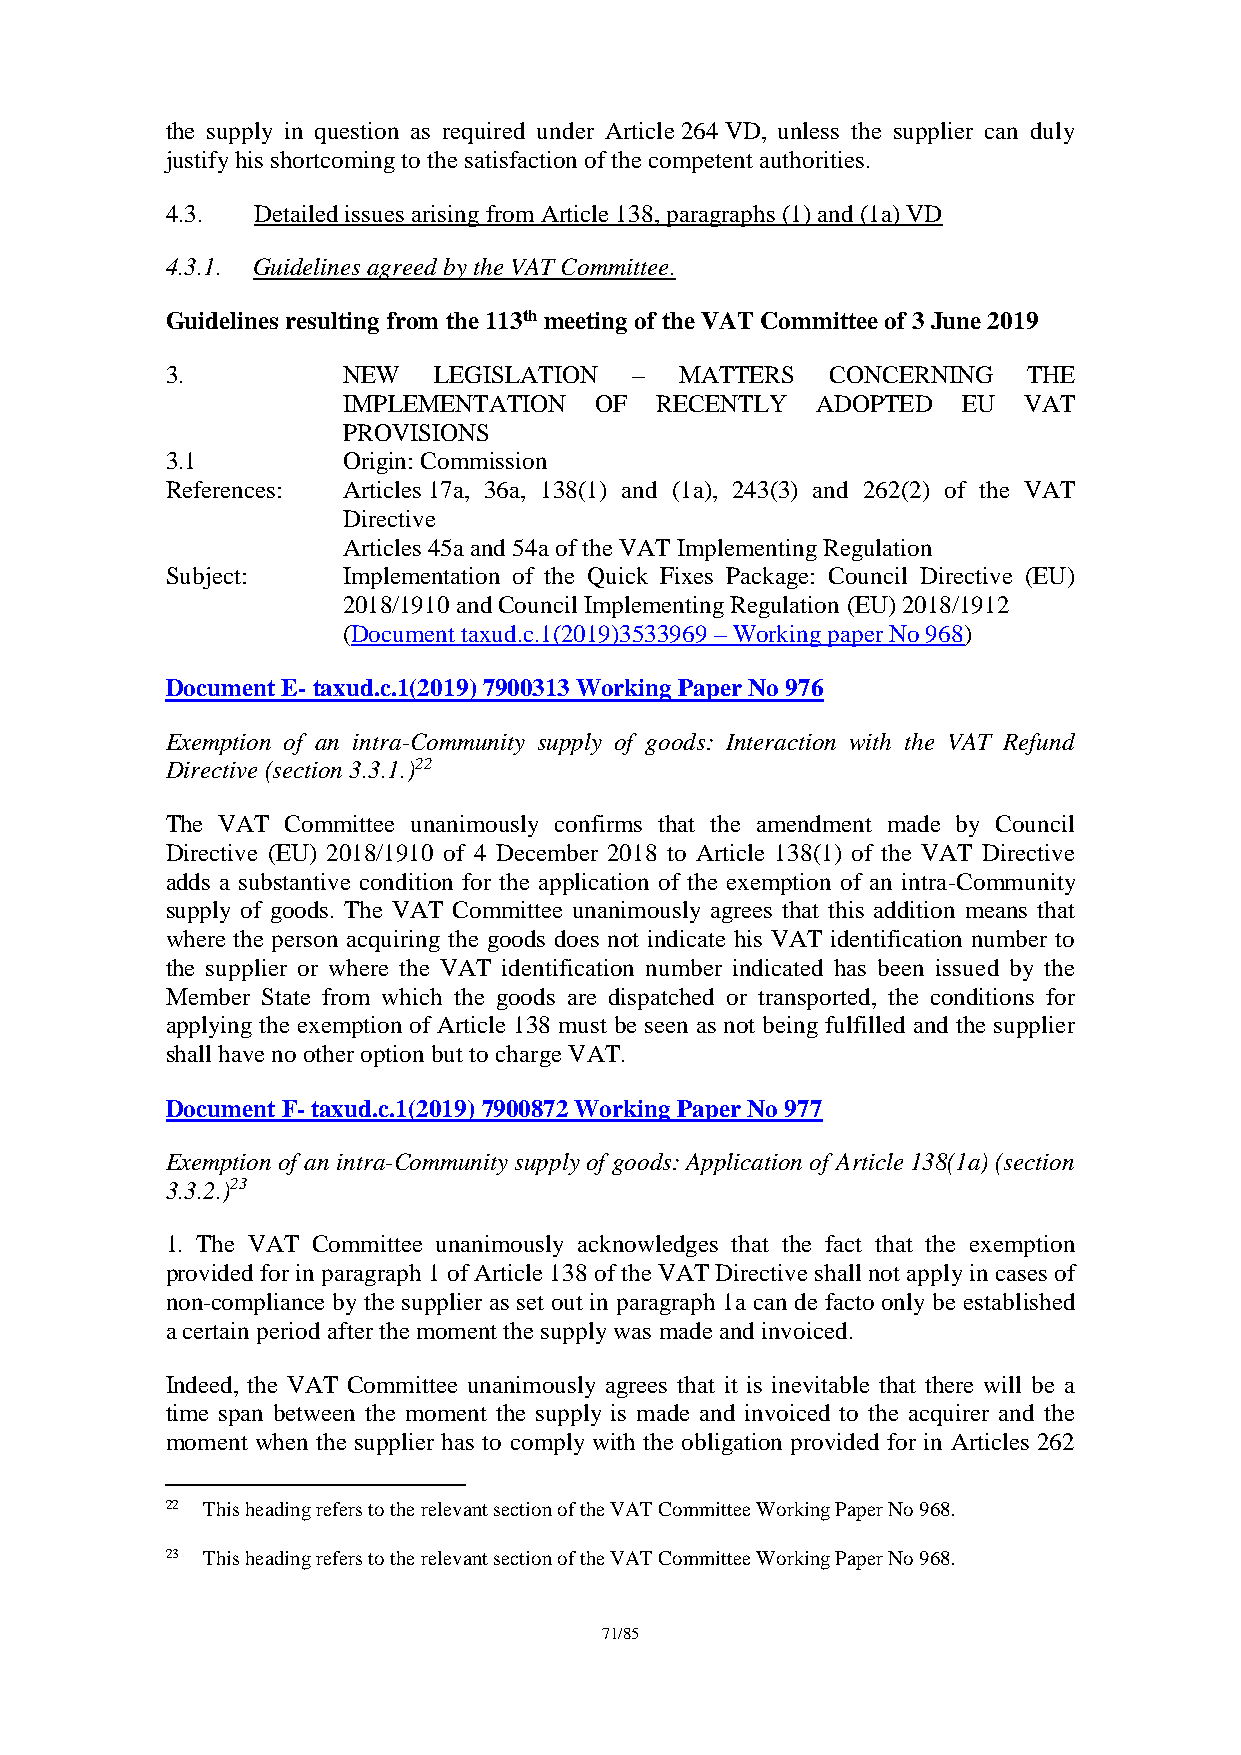
the supply in question as required under Article 264 VD, unless the supplier can duly
 justify his shortcoming to the satisfaction of the competent authorities.
 4.3.  Detailed issues arising from Article 138, paragraphs (1) and (1a) VD
 4.3.1. Guidelines agreed by the VAT Committee.
 Guidelines resulting from the 113th meeting of the VAT Committee of 3 June 2019
 3.          NEW   LEGISLATION  –  MATTERS   CONCERNING   THE
 IMPLEMENTATION  OF  RECENTLY   ADOPTED   EU  VAT
 PROVISIONS
 3.1         Origin: Commission
 References: Articles 17a, 36a, 138(1) and (1a), 243(3) and 262(2) of the VAT
 Directive
 Articles 45a and 54a of the VAT Implementing Regulation
 Subject:    Implementation of the Quick Fixes Package: Council Directive (EU)
 2018/1910 and Council Implementing Regulation (EU) 2018/1912
 (Document taxud.c.1(2019)3533969 – Working paper No 968)
 Document E- taxud.c.1(2019) 7900313 Working Paper No 976
 Exemption of an intra-Community supply of goods: Interaction with the VAT Refund
 Directive (section 3.3.1.)22
 The VAT Committee unanimously confirms that the amendment made by Council
 Directive (EU) 2018/1910 of 4 December 2018 to Article 138(1) of the VAT Directive
 adds a substantive condition for the application of the exemption of an intra-Community
 supply of goods. The VAT Committee unanimously agrees that this addition means that
 where the person acquiring the goods does not indicate his VAT identification number to
 the supplier or where the VAT identification number indicated has been issued by the
 Member State from which the goods are dispatched or transported, the conditions for
 applying the exemption of Article 138 must be seen as not being fulfilled and the supplier
 shall have no other option but to charge VAT.
 Document F- taxud.c.1(2019) 7900872 Working Paper No 977
 Exemption of an intra-Community supply of goods: Application of Article 138(1a) (section
 3.3.2.)23
 1. The VAT Committee unanimously acknowledges that the fact that the exemption
 provided for in paragraph 1 of Article 138 of the VAT Directive shall not apply in cases of
 non-compliance by the supplier as set out in paragraph 1a can de facto only be established
 a certain period after the moment the supply was made and invoiced.
 Indeed, the VAT Committee unanimously agrees that it is inevitable that there will be a
 time span between the moment the supply is made and invoiced to the acquirer and the
 moment when the supplier has to comply with the obligation provided for in Articles 262
 22 This heading refers to the relevant section of the VAT Committee Working Paper No 968.
 23 This heading refers to the relevant section of the VAT Committee Working Paper No 968.
 71/85